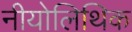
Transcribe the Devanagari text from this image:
नीयोलिथिक